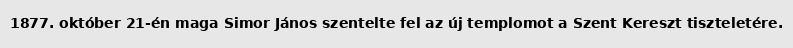
1877. október 21-én maga Simor János szentelte fel az új templomot a Szent Kereszt tiszteletére.